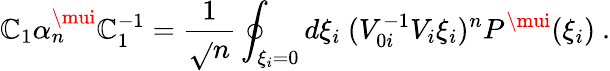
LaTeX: \mathbb{C}_{1}\alpha_{n}^{\mui}\mathbb{C}_{1}^{-1}=\frac{{1}}{{\sqrt{}{{n}}}}\oint_{\xi_{i}=0}d\xi_{i}\ (V_{0i}^{-1}V_{i}\xi_{i})^{n}P^{\mui}(\xi_{i})\ .